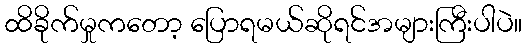
ထိခိုက်မှုကတော့ ပြောရမယ်ဆိုရင်အများကြီးပါပဲ။